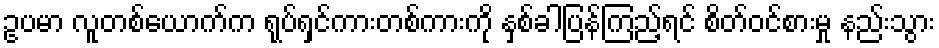
ဥပမာ လူတစ်ယောက်က ရုပ်ရှင်ကားတစ်ကားကို နှစ်ခါပြန်ကြည့်ရင် စိတ်ဝင်စားမှု နည်းသွား